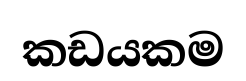
කඩයකම